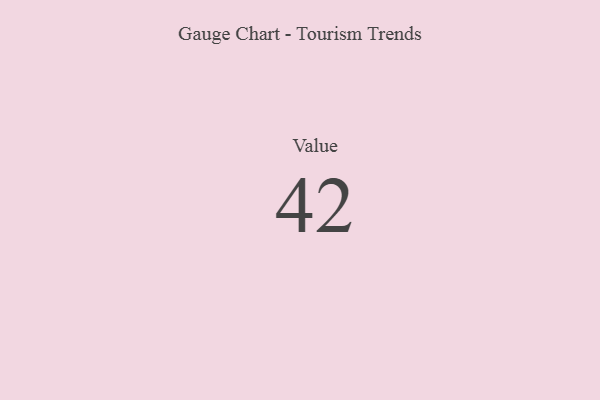
{"axis": {"x": "Metric", "y": "Value"}, "legend": [""], "data": [{"x": "Value", "y": 42, "type": ""}]}